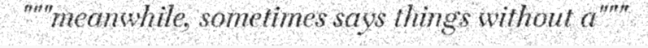
"""meanwhile, sometimes says things without a"""